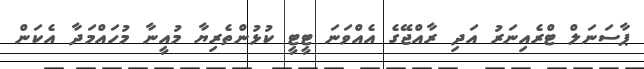
ޕާސަނަލް ޓްރެއިނަރު އަދި ރާއްޖޭގެ އެއްވަނަ ޓީޓީ ކުޅުންތެރިޔާ މުއީނާ މުހައްމަދާ އެކަން